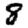
Digit: 8